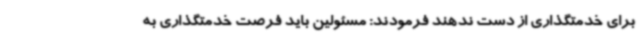
برای خدمتگذاری از دست ندهند فرمودند: مسئولین باید فرصت خدمتگذاری به